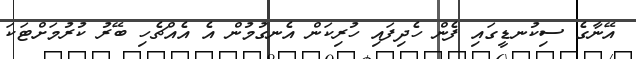
އޭނާގެ ސިކުނޑީގައި ފެން ހެދިފައި ހުރިކަން އެނގުމުން އެ އެއްޗެހި ބޭރު ކުރުމަށްޓަކަ